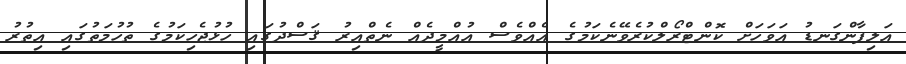
އަލިފާންގަނޑު އަވަހަށް ކޮންޓްރޯލްކުރެވޭނެކަމުގެ އެއްވެސް އުއްމީދެއް ނެތްއިރު ޤަސްދުގައި ހުޅުޖެހިކަމުގެ ތުހުމަތުގައި އިތުރު